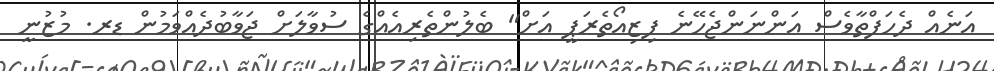
އަނެއް ދެހަފްތާވެސް އަންނަންޖެހޭނެ ފިޒިއޯތެރަޕީ އަށް" ބެލުންތެރިއެެއްގެ ސުވާލަށް ޖަވާބުދެއްވަމުން ޑރ. މުޒުނީ